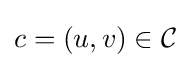
\textstyle c=\left(u,v\right)\in {\mathcal {C}}